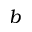
\boldsymbol { b }